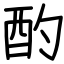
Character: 酌